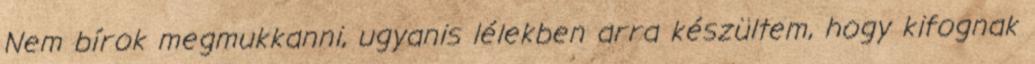
Nem bírok megmukkanni, ugyanis lélekben arra készültem, hogy kifognak